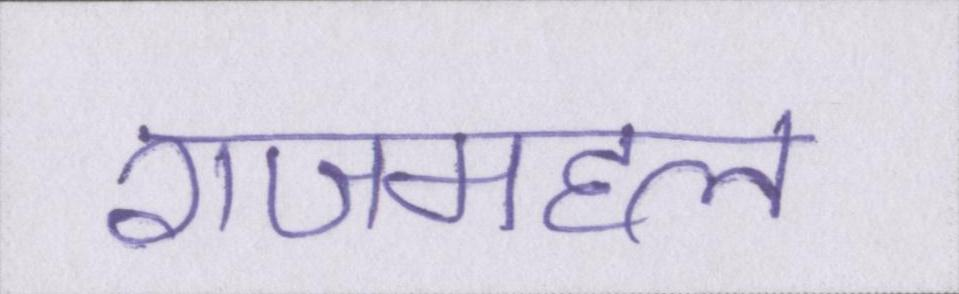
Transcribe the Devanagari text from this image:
राजमहल